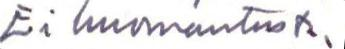
Ei huomautusta.